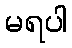
မရပါ